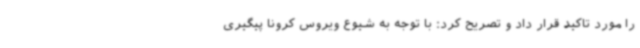
را مورد تاکید قرار داد و تصریح کرد: با توجه به شیوع ویروس کرونا پیگیری